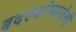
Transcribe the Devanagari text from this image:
बदल्यांच्यावेळी